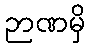
ဉာဏမှိ